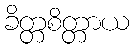
ခိတ္တစိတ္တာယ